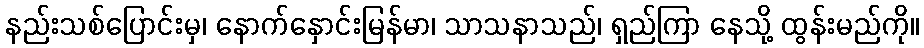
နည်းသစ်ပြောင်းမှ၊ နောက်နှောင်းမြန်မာ၊ သာသနာသည်၊ ရှည်ကြာ နေသို့ ထွန်းမည်ကို။